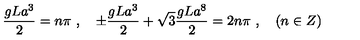
\frac { g L a ^ { 3 } } { 2 } = n \pi \ , \quad \pm \frac { g L a ^ { 3 } } { 2 } + \sqrt { 3 } \frac { g L a ^ { 8 } } { 2 } = 2 n \pi \ , \quad ( n \in Z )